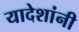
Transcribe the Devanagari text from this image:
यादेशांनी